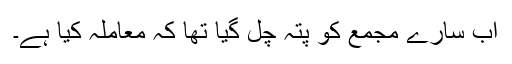
اب سارے مجمع کو پتہ چل گیا تھا کہ معاملہ کیا ہے۔